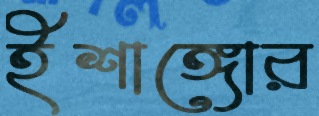
ইশাঙ্গোর